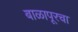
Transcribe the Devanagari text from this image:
बाळापूरचा